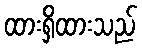
ထားရှိထားသည်